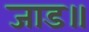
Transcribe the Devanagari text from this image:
जाड॥